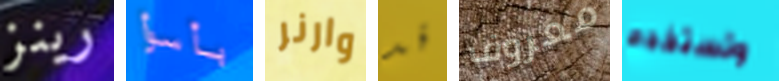
رينز بأسوأ وارنر قد معروف وتستخدم